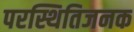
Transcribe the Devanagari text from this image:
परस्थितिजनक